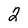
Character: 2